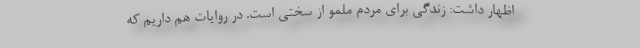
اظهار داشت: زندگی برای مردم ملمو از سختی است. در روایات هم داریم که